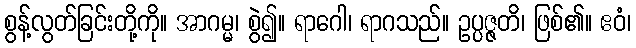
စွန့်လွတ်ခြင်းတို့ကို။ အာဂမ္မ၊ စွဲ၍။ ရာဂေါ၊ ရာဂသည်။ ဥပ္ပဇ္ဇတိ၊ ဖြစ်၏။ ဧဝံ၊